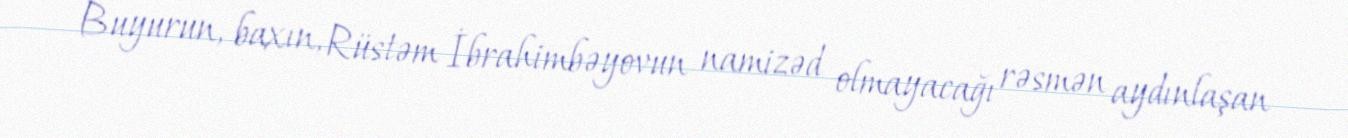
Buyurun, baxın, Rüstəm İbrahimbəyovun namizəd olmayacağı rəsmən aydınlaşan